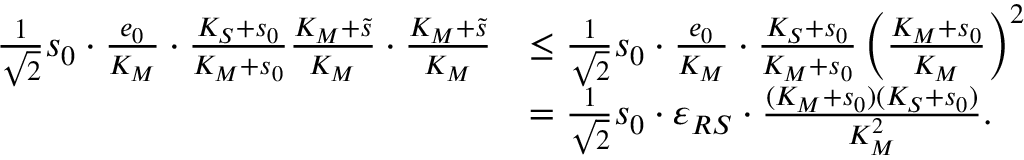
\begin{array} { r l } { \frac { 1 } { \sqrt 2 } s _ { 0 } \cdot \frac { e _ { 0 } } { K _ { M } } \cdot \frac { K _ { S } + s _ { 0 } } { K _ { M } + s _ { 0 } } \frac { K _ { M } + \widetilde s } { K _ { M } } \cdot \frac { K _ { M } + \widetilde s } { K _ { M } } } & { \leq \frac { 1 } { \sqrt 2 } s _ { 0 } \cdot \frac { e _ { 0 } } { K _ { M } } \cdot \frac { K _ { S } + s _ { 0 } } { K _ { M } + s _ { 0 } } \left( \frac { K _ { M } + s _ { 0 } } { K _ { M } } \right) ^ { 2 } } \\ & { = \frac { 1 } { \sqrt 2 } s _ { 0 } \cdot \varepsilon _ { R S } \cdot \frac { ( K _ { M } + s _ { 0 } ) ( K _ { S } + s _ { 0 } ) } { K _ { M } ^ { 2 } } . } \end{array}